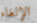
الإلغاء